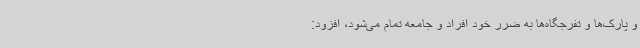
و پارک‌ها و تفرجگاه‌ها به ضرر خود افراد و جامعه تمام می‌شود، افزود: